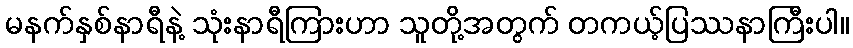
မနက်နှစ်နာရီနဲ့ သုံးနာရီကြားဟာ သူတို့အတွက် တကယ့်ပြဿနာကြီးပါ။